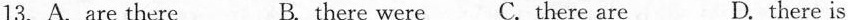
13. A.Are there B. There were C.There are D. there is